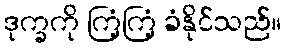
ဒုက္ခကို ကြံ့ကြံ့ ခံနိုင်သည်။